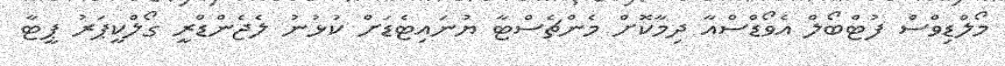
މޯލްޑިވްސް ފުޓްބޯލް އެވޯޑްސްއާ ދިމާކޮށް މެންޗެސްޓާ ޔުނައިޓެޑަށް ކުޅުނު ލެޖެންޑްރީ ގޯލްކީޕަރު ޕީޓާ